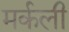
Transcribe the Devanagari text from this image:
मर्कली